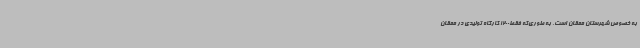
به خصوص شهرستان ممقان است، به طوری‌که فقط1200 کارگاه تولیدی در ممقان